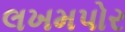
લખમપોર